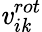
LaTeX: \mathit{v}_{i\mathit{k}}^{rot}